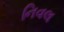
નિવલ